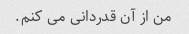
من از آن قدردانی می کنم.